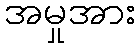
အမှုအား